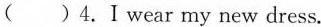
( )4. I wear my new dress.